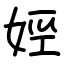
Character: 娙